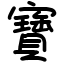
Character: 寶